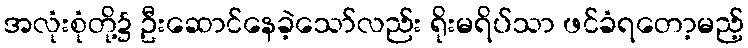
အလုံးစုံတို့၌ ဦးဆောင်နေခဲ့သော်လည်း ရိုးမရိပ်သာ ဖင်ခံရတော့မည့်